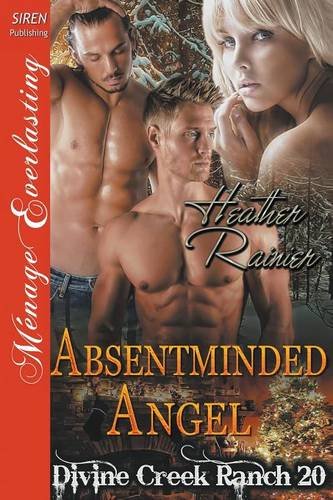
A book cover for Absentminded Angel [Divine Creek Ranch 20] (Siren Publishing Menage Everlasting); Heather Rainier; Romance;